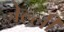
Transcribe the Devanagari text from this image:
जेल्ली